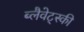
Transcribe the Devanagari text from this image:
ब्लैवेट्स्की